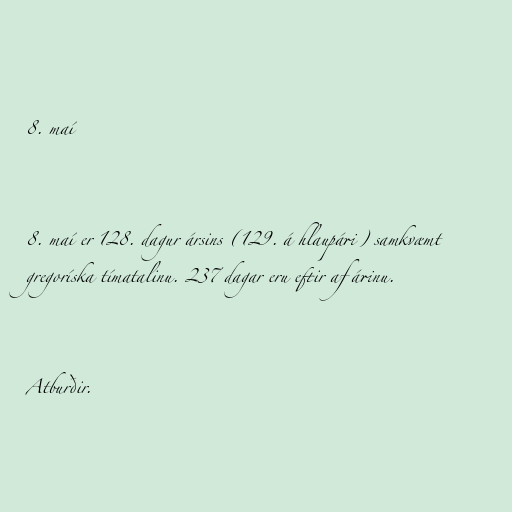
8. maí

8. maí er 128. dagur ársins (129. á hlaupári) samkvæmt
gregoríska tímatalinu. 237 dagar eru eftir af árinu.

Atburðir.